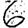
Digit: 6